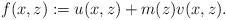
LaTeX: \begin{align*}f(x,z):=u(x,z)+m(z)v(x,z). \end{align*}